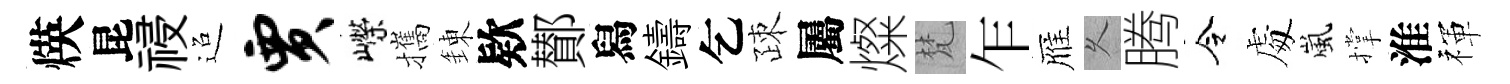
煐昆祲迢贾嶸攜錬欵鄼舄鑄乞疎屬燦梵乍雁乆腾令䖏嵐撑淮禈